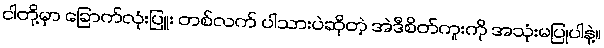
ငါတို့မှာ ခြောက်လုံးပြူး တစ်လက် ပါသားပဲဆိုတဲ့ အဲဒီစိတ်ကူးကို အသုံးမပြုပါနဲ့။